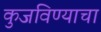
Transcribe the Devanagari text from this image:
कुजविण्याचा